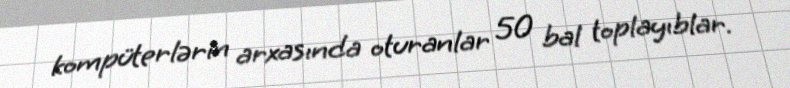
kompüterlərin arxasında oturanlar 50 bal toplayıblar.